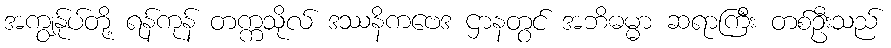
အကျွန်ုပ်တို့ ရန်ကုန် တက္ကသိုလ် ဒဿနိကဗေဒ ဌာနတွင် အဘိဓမ္မာ ဆရာကြီး တစ်ဦးသည်